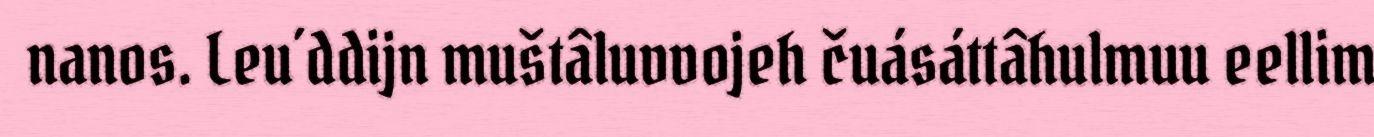
nanos. Leu´ddijn muštâluvvojeh čuásáttâhulmuu eellim